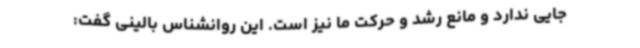
جایی ندارد و مانع رشد و حرکت ما نیز است. این روانشناس بالینی گفت: